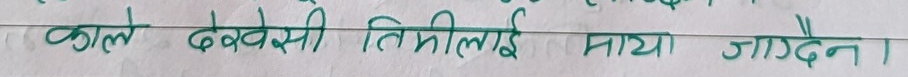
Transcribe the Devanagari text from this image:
काले देखेसी तिमीलाई माया जाग्दैन ।